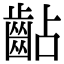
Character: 𪗦